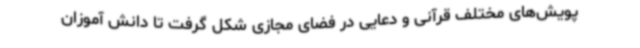
پویش‌های مختلف قرآنی و دعایی در فضای مجازی شکل گرفت تا دانش آموزان